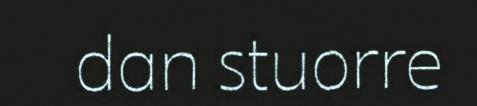
dan stuorre